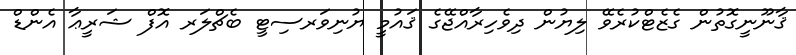
ޤާނޫނީގޮތުން ގެޒެޓްކުރެވޭ ލިޔުން ދިވެހިރާއްޖޭގެ ޤައުމީ ޔުނިވަރސިޓީ ބެޗްލަރ އޮފް ޝަރީޢާ އެންޑް